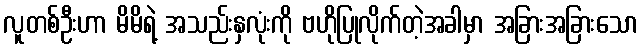
လူတစ်ဦးဟာ မိမိရဲ့ အသည်းနှလုံးကို ဗဟိုပြုလိုက်တဲ့အခါမှာ အခြားအခြားသော